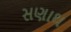
સણાથ